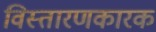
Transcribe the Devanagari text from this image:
विस्तारणकारक